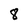
Character: 8